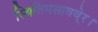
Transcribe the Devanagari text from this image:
स्थितिमसाववे्र।